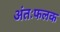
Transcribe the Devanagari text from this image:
अंतःफलक